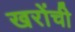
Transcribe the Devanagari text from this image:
खरोंची